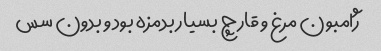
ژامبون مرغ و قارچ بسیار بدمزه بود و بدون سس